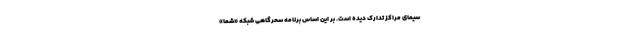
سیمای مراکز تدارک دیده است. بر این اساس برنامه سحرگاهی شبکه «شما»